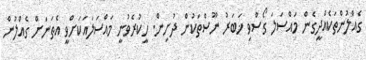
ގެއްލުންތަކެއްދީގެން މައްސަލަ ގޯސްވި ޚަބަރު ނޫސްތަކުން ދުށިން. ހީކުރެވުނީ މައްސަލައަކަށްވީ އެތަނަށް ގެއްލުން